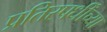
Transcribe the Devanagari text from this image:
प्रतिस्पर्धींच्या